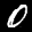
Digit: 0